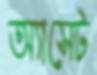
অ্যাসেট